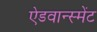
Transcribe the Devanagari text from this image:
ऐडवान्स्मेंट